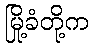
မြို့ခံတို့က